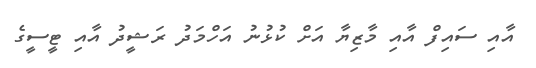
އާއި ސައިފް އާއި މާޒިޔާ އަށް ކުޅުނު އަހްމަދު ރަޝީދު އާއި ޓީސީގެ